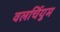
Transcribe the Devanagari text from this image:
वलर्चियुम